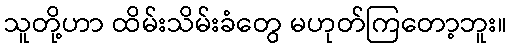
သူတို့ဟာ ထိမ်းသိမ်းခံတွေ မဟုတ်ကြတော့ဘူး။